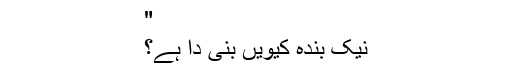
"
نیک بندہ کیویں بنی دا ہے؟